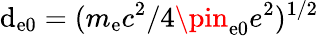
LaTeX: \mathrm{d}_{\mathrm{{e0}}}=(m_{\mathrm{{e}}}c^{2}/4\pin_{\mathrm{{e0}}}e^{2})^{1/2}